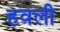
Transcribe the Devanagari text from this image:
हवली